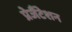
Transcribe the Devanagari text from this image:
प्रेजैंटेशन